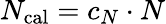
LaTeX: N_{\mathrm{cal}}=c_{N}\cdot N